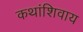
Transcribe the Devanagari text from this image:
कथांशिवाय